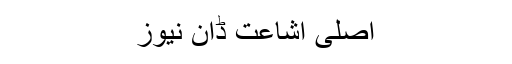
اصلی اشاعت ڈان نیوز